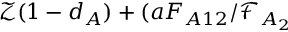
\mathcal { Z } ( 1 - d _ { A } ) + ( a F _ { A 1 2 } / \mathcal { F } _ { A _ { 2 } }